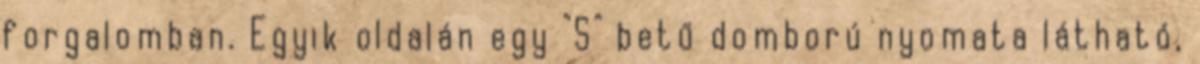
forgalomban. Egyik oldalán egy "S" betű domború nyomata látható,